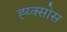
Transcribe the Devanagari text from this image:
ह्य्क्सोस